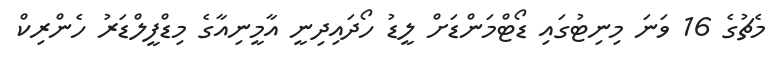
މެޗުގެ 16 ވަނަ މިނިޓުގައި ޑޯޓްމަންޑަށް ލީޑު ހޯދައިދިނީ އާމީނިއާގެ މިޑްފީލްޑަރު ހެންރިކް